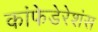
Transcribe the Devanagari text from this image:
कांफेडेरेशंस